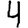
Digit: 4